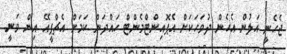
ޖެހެނީ އަލުން އެހެން ދުވަހަކަށް އެޕޮއިންޓްމެންޓް ހައްދަން ކަމަށް އެޗްޕީއޭ އިން ވަނީ